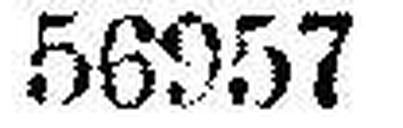
56957